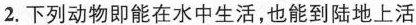
2.下列动物即能在水中生活，也能到陆地上活